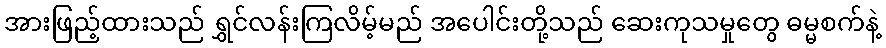
အားဖြည့်ထားသည် ရွှင်လန်းကြလိမ့်မည် အပေါင်းတို့သည် ဆေးကုသမှုတွေ ဓမ္မစက်နဲ့